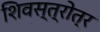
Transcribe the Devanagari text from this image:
शिवस्त्रोत्र